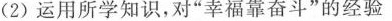
2)运用所学知识，对“幸福靠奋斗”的经验